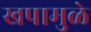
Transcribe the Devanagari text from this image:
खपामुळे